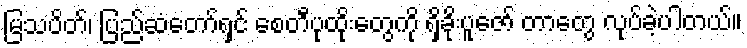
မြသပိတ်၊ ပြည်ဆံတော်ရှင် စေတီပုထိုးတွေကို ရှိခိုးပူဇော် တာတွေ လုပ်ခဲ့ပါတယ်။